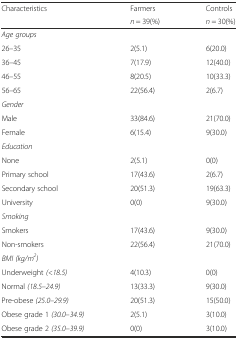
<table><thead><tr><td rowspan="2"><b>Characteristics</b></td><td><b>Farmers</b></td><td><b>Controls</b></td></tr><tr><td><b><i>n</i> = 39(%)</b></td><td><b><i>n</i> = 30(%)</b></td></tr></thead><tbody><tr><td colspan="3"><i>Age groups</i></td></tr><tr><td>26–35</td><td>2(5.1)</td><td>6(20.0)</td></tr><tr><td>36–45</td><td>7(17.9)</td><td>12(40.0)</td></tr><tr><td>46–55</td><td>8(20.5)</td><td>10(33.3)</td></tr><tr><td>56–65</td><td>22(56.4)</td><td>2(6.7)</td></tr><tr><td colspan="3"><i>Gender</i></td></tr><tr><td>Male</td><td>33(84.6)</td><td>21(70.0)</td></tr><tr><td>Female</td><td>6(15.4)</td><td>9(30.0)</td></tr><tr><td colspan="3"><i>Education</i></td></tr><tr><td>None</td><td>2(5.1)</td><td>0(0)</td></tr><tr><td>Primary school</td><td>17(43.6)</td><td>2(6.7)</td></tr><tr><td>Secondary school</td><td>20(51.3)</td><td>19(63.3)</td></tr><tr><td>University</td><td>0(0)</td><td>9(30.0)</td></tr><tr><td colspan="3"><i>Smoking</i></td></tr><tr><td>Smokers</td><td>17(43.6)</td><td>9(30.0)</td></tr><tr><td>Non-smokers</td><td>22(56.4)</td><td>21(70.0)</td></tr><tr><td colspan="3"><i>BMI (kg/m</i><sup><i>2</i></sup><i>)</i></td></tr><tr><td>Underweight <i>(&lt;18.5)</i></td><td>4(10.3)</td><td>0(0)</td></tr><tr><td>Normal <i>(18.5–24.9)</i></td><td>13(33.3)</td><td>9(30.0)</td></tr><tr><td>Pre-obese <i>(25.0–29.9)</i></td><td>20(51.3)</td><td>15(50.0)</td></tr><tr><td>Obese grade 1 <i>(30.0–34.9)</i></td><td>2(5.1)</td><td>3(10.0)</td></tr><tr><td>Obese grade 2 <i>(35.0–39.9)</i></td><td>0(0)</td><td>3(10.0)</td></tr></tbody></table>